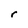
Character: r